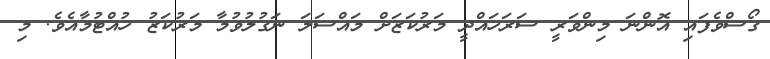
ގޯސްވެފައި އޮންނަ މިންވަރީ ސަރަހައްދީ މަރުކަޒަށް މައްސަލަ ނަގުލުވުމާ މަރުކަޒު ހުއްޓުމާއެވެ. މި